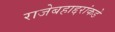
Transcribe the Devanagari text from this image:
राजेबहाद्दरांकडे